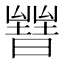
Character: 𣋧